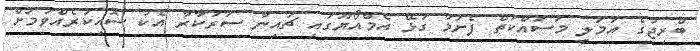
ބްރިޖުގެ އަމަލީ މަސައްކަތް ފެށުމާ ގުޅޭ އެމްއޯޔޫގައި ޗައިނާ ސަރުކާރާ އެކު ސޮއިކުރެއްވުމަށް